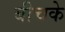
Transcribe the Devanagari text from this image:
बीचके